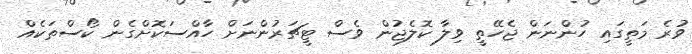
ވުރެ މަތީގައި ހުންނަން ޖެހޭތީ ވިލާ ކޮލެޖުން ވެސް ޓީޗަރުންނަށް ހާއްސަކޮށްގެން ކޯސްތަކެއް